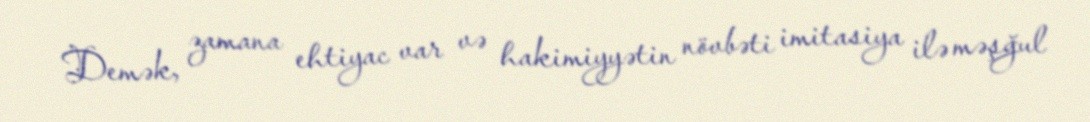
Demək, zamana ehtiyac var və hakimiyyətin növbəti imitasiya ilə məşğul